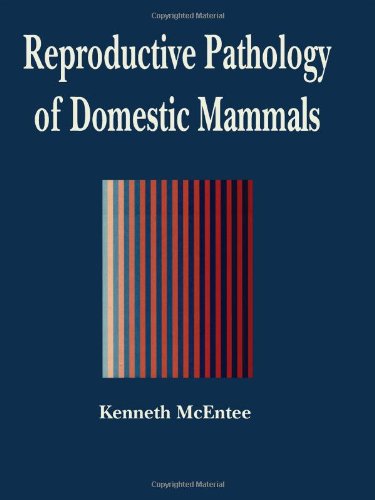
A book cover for Reproductive Pathology of Domestic Mammals; Kenneth McEntee; Medical Books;